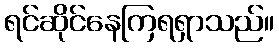
ရင်ဆိုင်နေကြရရှာသည်။